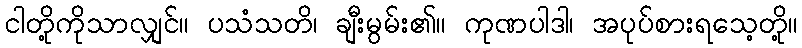
ငါတို့ကိုသာလျှင်။ ပသံသတိ၊ ချီးမွမ်း၏။ ကုဏပါဒါ၊ အပုပ်စားရသေ့တို့။